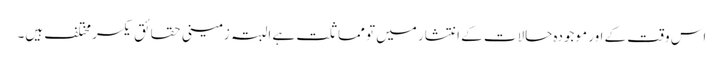
اس وقت کے اور موجودہ حالات کے انتشار میں تو مماثلت ہے البتہ زمینی حقائق یکسر مختلف ہیں۔